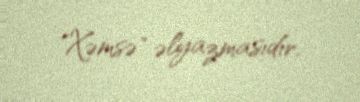
"Xəmsə" əlyazmasıdır.